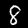
Label: 8